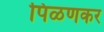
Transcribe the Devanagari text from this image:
पिळणकर